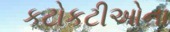
કટોકટીઓના